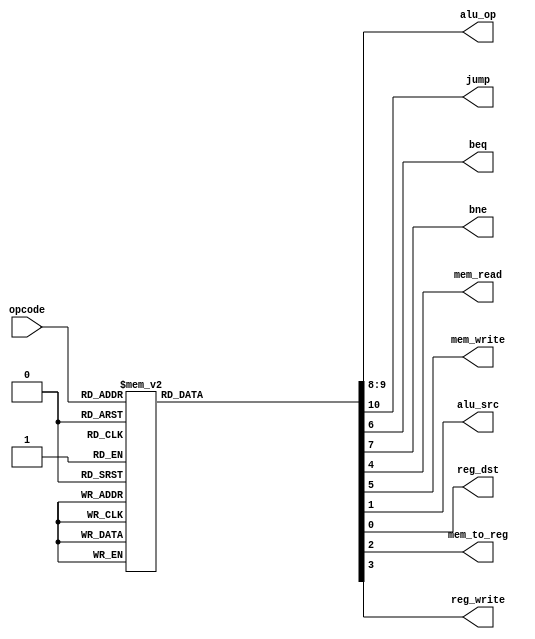
`timescale 1ns / 1ps

module Control_Unit(
      input[3:0] opcode,
      output reg[1:0] alu_op,
      output reg jump,beq,bne,mem_read,mem_write,alu_src,reg_dst,mem_to_reg,reg_write    
    );


always @(*)
begin
 case(opcode) 
 4'b0000:  // LW
   begin
    reg_dst = 1'b0;
    alu_src = 1'b1;
    mem_to_reg = 1'b1;
    reg_write = 1'b1;
    mem_read = 1'b1;
    mem_write = 1'b0;
    beq = 1'b0;
    bne = 1'b0;
    alu_op = 2'b10;
    jump = 1'b0;   
   end
 4'b0001:  // SW
   begin
    reg_dst = 1'b0;
    alu_src = 1'b1;
    mem_to_reg = 1'b0;
    reg_write = 1'b0;
    mem_read = 1'b0;
    mem_write = 1'b1;
    beq = 1'b0;
    bne = 1'b0;
    alu_op = 2'b10;
    jump = 1'b0;   
   end
 4'b0010:  // data_processing
   begin
    reg_dst = 1'b1;
    alu_src = 1'b0;
    mem_to_reg = 1'b0;
    reg_write = 1'b1;
    mem_read = 1'b0;
    mem_write = 1'b0;
    beq = 1'b0;
    bne = 1'b0;
    alu_op = 2'b00;
    jump = 1'b0;   
   end
 4'b0011:  // data_processing
   begin
    reg_dst = 1'b1;
    alu_src = 1'b0;
    mem_to_reg = 1'b0;
    reg_write = 1'b1;
    mem_read = 1'b0;
    mem_write = 1'b0;
    beq = 1'b0;
    bne = 1'b0;
    alu_op = 2'b00;
    jump = 1'b0;   
   end
 4'b0100:  // data_processing
   begin
    reg_dst = 1'b1;
    alu_src = 1'b0;
    mem_to_reg = 1'b0;
    reg_write = 1'b1;
    mem_read = 1'b0;
    mem_write = 1'b0;
    beq = 1'b0;
    bne = 1'b0;
    alu_op = 2'b00;
    jump = 1'b0;   
   end
 4'b0101:  // data_processing
   begin
    reg_dst = 1'b1;
    alu_src = 1'b0;
    mem_to_reg = 1'b0;
    reg_write = 1'b1;
    mem_read = 1'b0;
    mem_write = 1'b0;
    beq = 1'b0;
    bne = 1'b0;
    alu_op = 2'b00;
    jump = 1'b0;   
   end
 4'b0110:  // data_processing
   begin
    reg_dst = 1'b1;
    alu_src = 1'b0;
    mem_to_reg = 1'b0;
    reg_write = 1'b1;
    mem_read = 1'b0;
    mem_write = 1'b0;
    beq = 1'b0;
    bne = 1'b0;
    alu_op = 2'b00;
    jump = 1'b0;   
   end
 4'b0111:  // data_processing
   begin
    reg_dst = 1'b1;
    alu_src = 1'b0;
    mem_to_reg = 1'b0;
    reg_write = 1'b1;
    mem_read = 1'b0;
    mem_write = 1'b0;
    beq = 1'b0;
    bne = 1'b0;
    alu_op = 2'b00;
    jump = 1'b0;   
   end
 4'b1000:  // data_processing
   begin
    reg_dst = 1'b1;
    alu_src = 1'b0;
    mem_to_reg = 1'b0;
    reg_write = 1'b1;
    mem_read = 1'b0;
    mem_write = 1'b0;
    beq = 1'b0;
    bne = 1'b0;
    alu_op = 2'b00;
    jump = 1'b0;   
   end
 4'b1001:  // data_processing
   begin
    reg_dst = 1'b1;
    alu_src = 1'b0;
    mem_to_reg = 1'b0;
    reg_write = 1'b1;
    mem_read = 1'b0;
    mem_write = 1'b0;
    beq = 1'b0;
    bne = 1'b0;
    alu_op = 2'b00;
    jump = 1'b0;   
   end
 4'b1011:  // BEQ
   begin
    reg_dst = 1'b0;
    alu_src = 1'b0;
    mem_to_reg = 1'b0;
    reg_write = 1'b0;
    mem_read = 1'b0;
    mem_write = 1'b0;
    beq = 1'b1;
    bne = 1'b0;
    alu_op = 2'b01;
    jump = 1'b0;   
   end
 4'b1100:  // BNE
   begin
    reg_dst = 1'b0;
    alu_src = 1'b0;
    mem_to_reg = 1'b0;
    reg_write = 1'b0;
    mem_read = 1'b0;
    mem_write = 1'b0;
    beq = 1'b0;
    bne = 1'b1;
    alu_op = 2'b01;
    jump = 1'b0;   
   end
 4'b1101:  // J
   begin
    reg_dst = 1'b0;
    alu_src = 1'b0;
    mem_to_reg = 1'b0;
    reg_write = 1'b0;
    mem_read = 1'b0;
    mem_write = 1'b0;
    beq = 1'b0;
    bne = 1'b0;
    alu_op = 2'b00;
    jump = 1'b1;   
   end   
 default: begin
    reg_dst = 1'b1;
    alu_src = 1'b0;
    mem_to_reg = 1'b0;
    reg_write = 1'b1;
    mem_read = 1'b0;
    mem_write = 1'b0;
    beq = 1'b0;
    bne = 1'b0;
    alu_op = 2'b00;
    jump = 1'b0; 
   end
 endcase
 end

endmodule